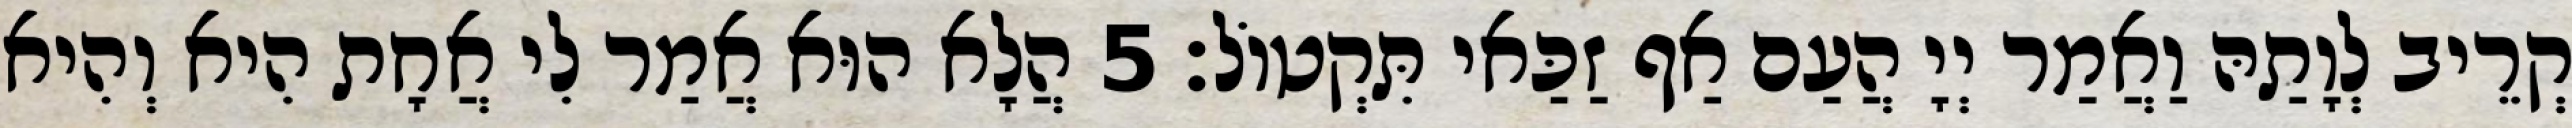
קְרֵיב לְוָתַהּ וַאֲמַר יְיָ הֲעַם אַף זַכַּאי תִּקְטוֹל׃ 5 הֲלָא הוּא אֲמַר לִי אֲחָת הִיא וְהִיא